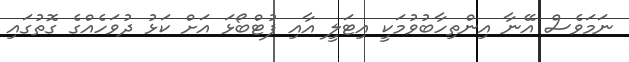
ނަމަވެސް އޭނާ އިންތިހާބުވުމަކީ އިޓަލީ އާއި ފުޓްބޯޅަ އަށް ކަޅު ދުވަހެއްގެ ގޮތުގައި